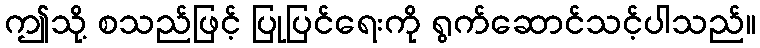
ဤသို့ စသည်ဖြင့် ပြုပြင်ရေးကို ရွက်ဆောင်သင့်ပါသည်။